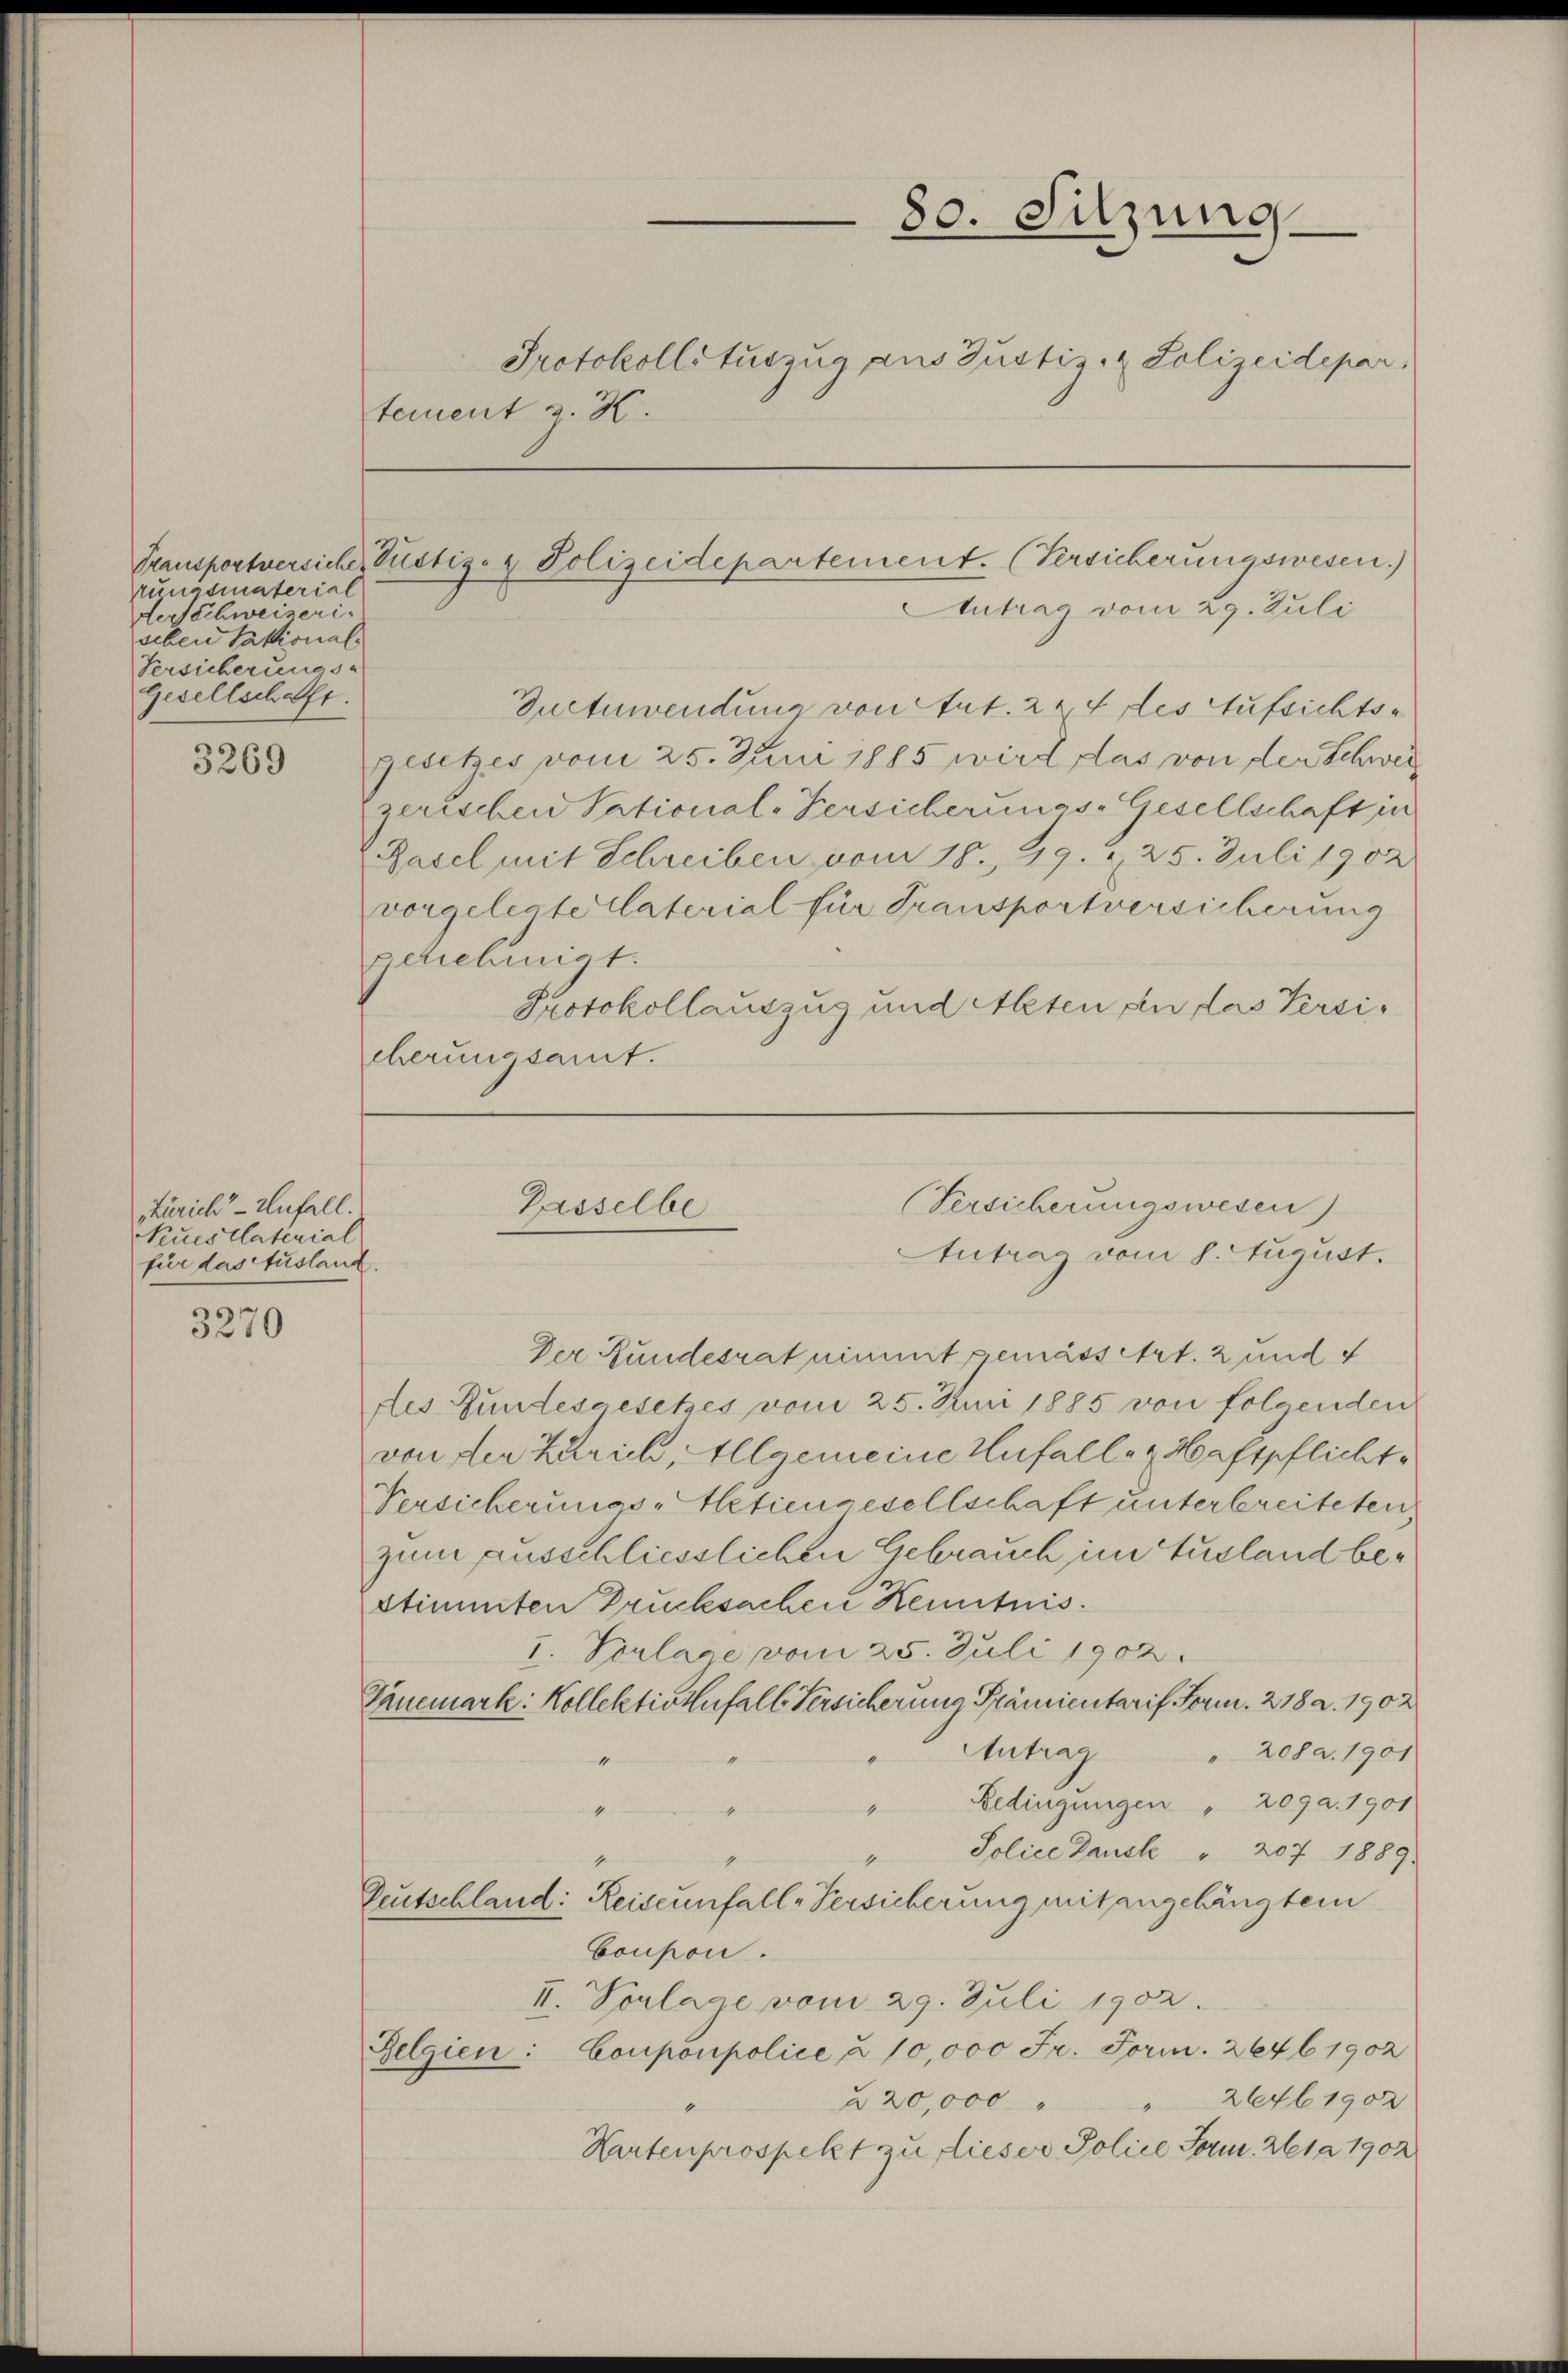
3269

Zürich - Unfall.
Neues Platerial
für das Ausland.

3270

rungsmaterial
der Schweizerischen Taktional
Versicherungs-
Gesellschafft.

tement z. B.

80. Sitzung
Protokollsauszug aus Justi. Polizeidepar

Transportversiche Justiz- & Polizeidepartement. (Versicherungswesen.)
Antrag vom 29. Juli

Duttwendung von Art. 224 des Aufsichts-
gesetzes vom 25. Juni 1885 wird das von der Schwer
zerischen Sational-Versicherungs-Gesellschaft in
Basel mit Schreiben vom 18. 49. 225. Juli 1902
vorgelegte Caterial für Transportversicherung
genehmigt.
Protokollauszug und Alten an das Versicherungsamt.

Versicherungswesen)
Gasselbe
Antrag vom 8. August.

Der Fundesrat nimmt gemässetzt. 2 und f
des Bundesgesetzes vom 25. Juni 1885 von folgenden
von der Zürich, Allgemeine Unfalle & Haftpflicht,
Versicherungs-Actiengesellschaft unterbreiteten,
zum ausschliesslichen Gebrauch im Ausland bestimmten Drucksachen Kenntnis.
I. Vorlage vom 25. Juli 1902.
Einemark: Kollektion fall Versicherung Prämientarif Form. 218 a. 1902
Antrag
" 208. 1901
Bedingungen " 2092. 1901

Police Bauste " 207 1889.
Deutschland: Reiseunfall-Versicherung mit angehängtem
bouson.
II. Vorlage vom 29. Juli 1902.
Belgien: Couponpolice à 10,000 Fr. Form. 2646 1902
2646. 1902
§ 20,000
Hertenprospekt zu dieser Police Form. 261 a 1902